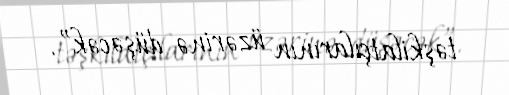
təşkilatçılarının üzərinə düşəcək”.